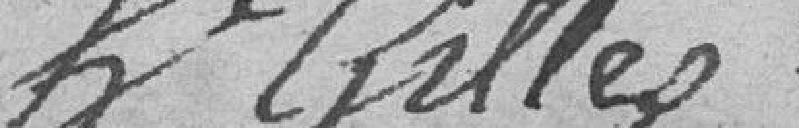
h Gilles